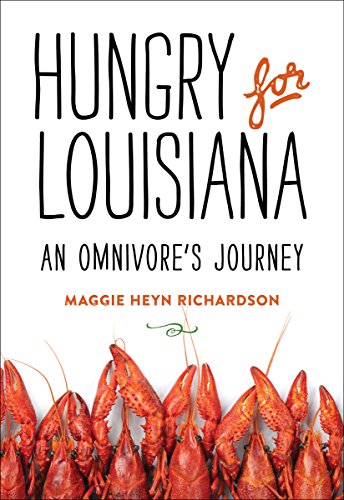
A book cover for Hungry for Louisiana: An Omnivore's Journey; Maggie Heyn Richardson; Cookbooks, Food & Wine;